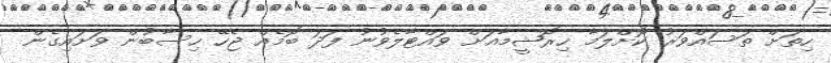
ހިތަށް ތަސައްވަރު ކޮށްލަމާ ހިރޮޝީމާއަށް ވައްޓާލެވުނު ފަދަ ބޮމެއް ޖެހޭ ހިސާބުން ވަށައިގެން